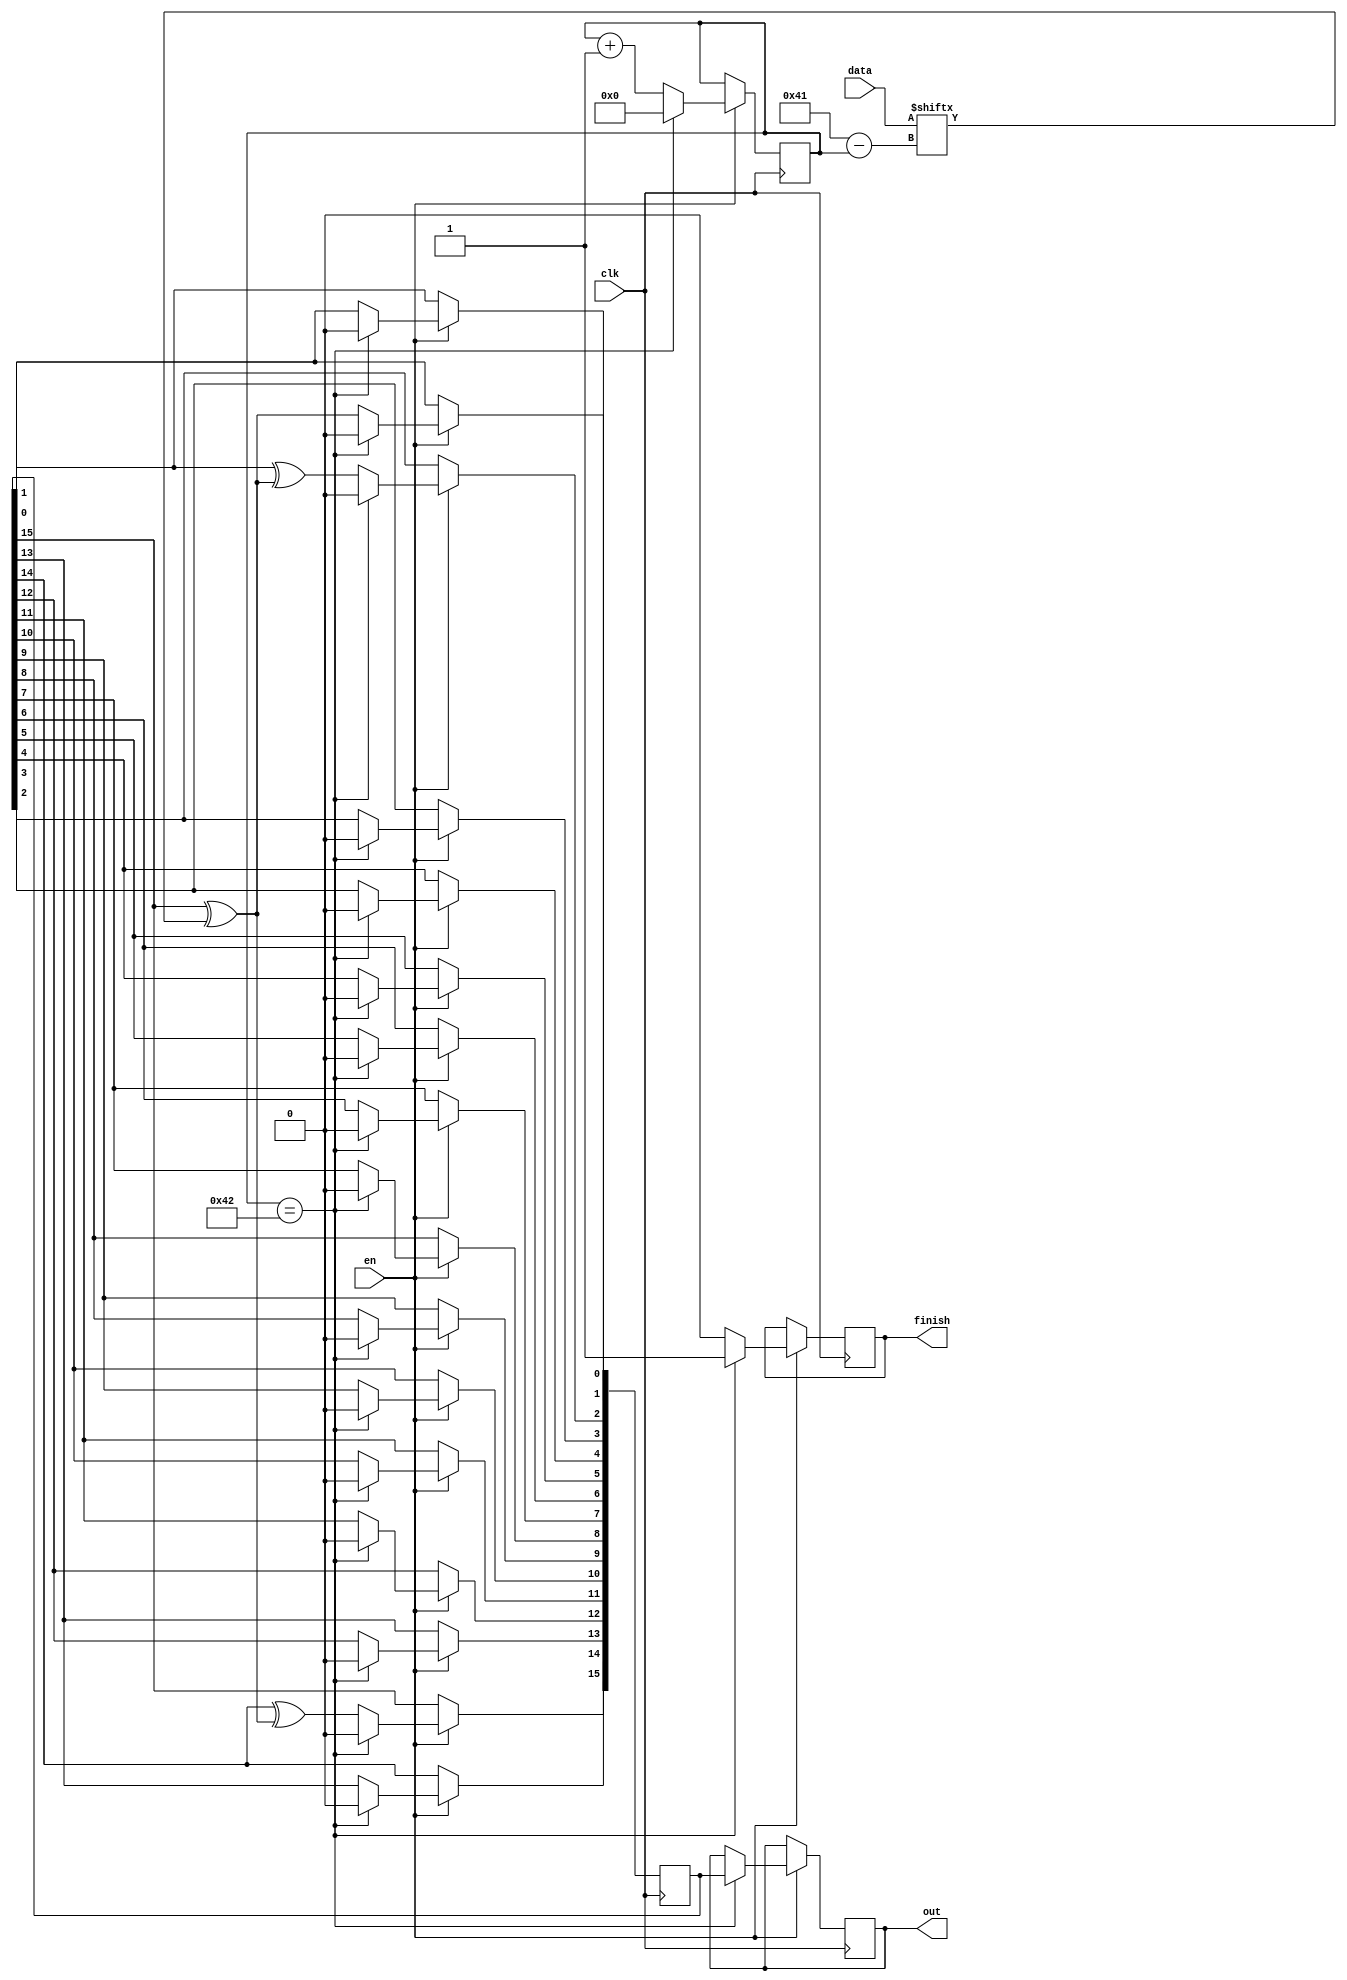
`timescale 1ns / 1ps
//////////////////////////////////////////////////////////////////////////////////
// Company: 
// Engineer: 
// 
// Design Name: 
// Module Name:    crc2 
// Project Name: 
// Target Devices: 
// Tool versions: 
// Description: 
//
// Dependencies: 
//
// Revision: 
// Revision 0.01 - File Created
// Additional Comments: 
//
//////////////////////////////////////////////////////////////////////////////////
module crc2(data,out,finish,clk,en
    );
input en;
input clk;
input [0:65]data;
output reg [15:0]out;
reg [15:0]temp;
output reg finish;
reg[0:7] i;
integer j;
reg s;
initial
begin
s=0;
temp=0;
i=0;
end
always@(posedge clk)
begin
	if(en==1)
	begin
		if(i==66)
		begin
			finish<=1;
			out<=temp[15:0];
			i<=0;
			temp<=0;
		end
		else
		begin
			finish<=0;
			s=temp[15]^data[i];
			temp[0]<=s;
			temp[1]<=temp[0];
			temp[2]<=temp[1]^s;
			temp[3]<=temp[2];
			temp[4]<=temp[3];
			temp[5]<=temp[4];
			temp[6]<=temp[5];
			temp[7]<=temp[6];
			temp[8]<=temp[7];
			temp[9]<=temp[8];
			temp[10]<=temp[9];
			temp[11]<=temp[10];
			temp[12]<=temp[11];
			temp[13]<=temp[12];
			temp[14]<=temp[13];
			temp[15]<=temp[14]^s;
			i<=i+1;
		end
	end
end
endmodule